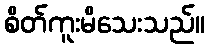
စိတ်ကူးမိသေးသည်။